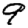
Digit: 9